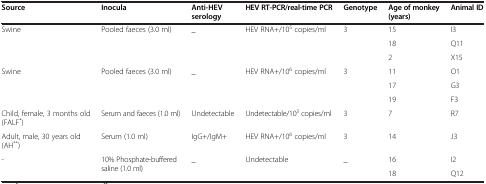
<table><thead><tr><td><b>Source</b></td><td><b>Inocula</b></td><td><b>Anti-HEV serology</b></td><td><b>HEV RT-PCR/real-time PCR</b></td><td><b>Genotype</b></td><td><b>Age of monkey (years)</b></td><td><b>Animal ID</b></td></tr></thead><tbody><tr><td rowspan="3">Swine</td><td rowspan="3">Pooled faeces (3.0 ml)</td><td rowspan="3">_</td><td rowspan="3">HEV RNA+/10<sup>5</sup> copies/ml</td><td rowspan="3">3</td><td>15</td><td>I3</td></tr><tr><td>18</td><td>Q11</td></tr><tr><td>2</td><td>X15</td></tr><tr><td rowspan="3">Swine</td><td rowspan="3">Pooled faeces (3.0 ml)</td><td rowspan="3">_</td><td rowspan="3">HEV RNA+/10<sup>6</sup> copies/ml</td><td rowspan="3">3</td><td>11</td><td>O1</td></tr><tr><td>17</td><td>G3</td></tr><tr><td>19</td><td>F3</td></tr><tr><td>Child, female, 3 months old (FALF<sup>*</sup>)</td><td>Serum and faeces (1.0 ml)</td><td>Undetectable</td><td>Undetectable/10<sup>3</sup> copies/ml</td><td>3</td><td>7</td><td>R7</td></tr><tr><td>Adult, male, 30 years old (AH<sup>**</sup>)</td><td>Serum (1.0 ml)</td><td>IgG+/IgM+</td><td>HEV RNA+/10<sup>6</sup> copies/ml</td><td>3</td><td>14</td><td>J3</td></tr><tr><td rowspan="2">-</td><td rowspan="2">10% Phosphate-buffered saline (1.0 ml)</td><td rowspan="2">_</td><td rowspan="2">Undetectable</td><td rowspan="2">_</td><td>16</td><td>I2</td></tr><tr><td>18</td><td>Q12</td></tr></tbody></table>